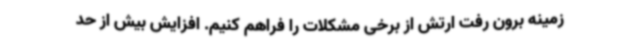
زمینه برون رفت ارتش از برخی مشکلات را فراهم کنیم. افزایش بیش‌ از حد